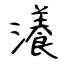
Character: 瀁